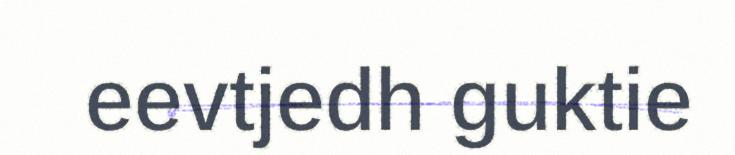
eevtjedh guktie